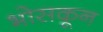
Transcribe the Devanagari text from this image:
भोसकून